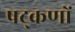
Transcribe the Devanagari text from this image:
षट्‌कणों